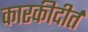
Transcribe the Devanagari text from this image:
कारकीदीर्त